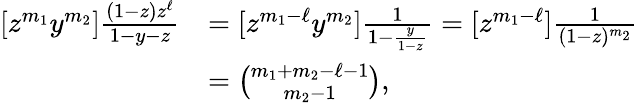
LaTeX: \begin{array}{rl}{[z^{m_{1}}y^{m_{2}}]\frac{(1-z)z^{\ell}}{1-y-z}}&{=[z^{m_{1}-\ell}y^{m_{2}}]\frac{1}{1-\frac{y}{1-z}}=[z^{m_{1}-\ell}]\frac{1}{(1-z)^{m_{2}}}}\\ &{=\binom{m_{1}+m_{2}-\ell-1}{m_{2}-1},}\end{array}